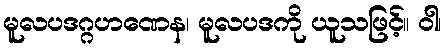
မူလပဒဂ္ဂဟဏေန၊ မူလပဒကို ယူသဖြင့်။ ဝါ၊